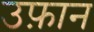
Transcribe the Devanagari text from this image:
उफ़ान